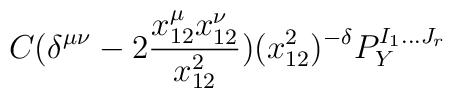
C (\delta^{\mu\nu}-2\frac{x_{12}^\mu x_{12}^\nu}{x_{12}^2}) (x_{12}^2)^{-\delta} P_Y^{I_1...J_r}